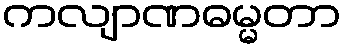
ကလျာဏဓမ္မတာ